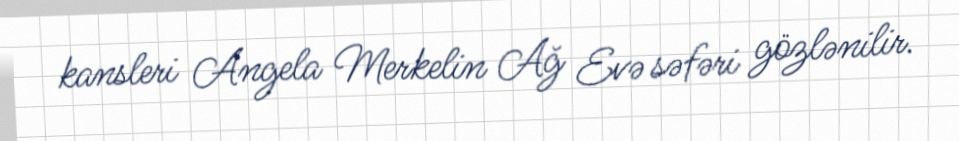
kansleri Angela Merkelin Ağ Evə səfəri gözlənilir.